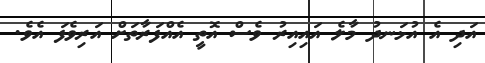
އަދި އެ އުޅަނދު މާލެ އައިއިރު ވެސް އޮތީ އެއްފަރާތަށް އަރިވެފަ އެވެ.